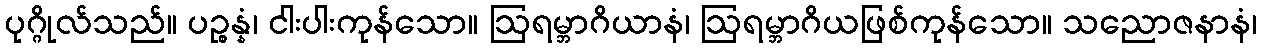
ပုဂ္ဂိုလ်သည်။ ပဉ္စန္နံ၊ ငါးပါးကုန်သော။ ဩရမ္ဘာဂိယာနံ၊ ဩရမ္ဘာဂိယဖြစ်ကုန်သော။ သညောဇနာနံ၊